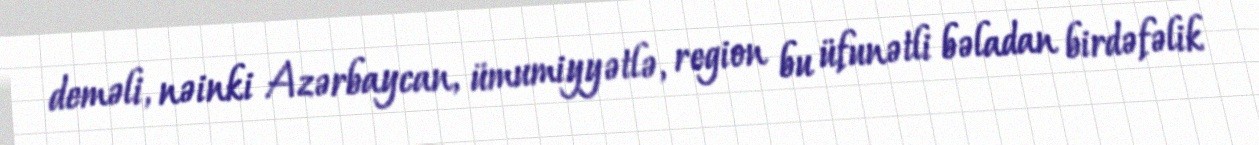
deməli, nəinki Azərbaycan, ümumiyyətlə, region bu üfunətli bəladan birdəfəlik